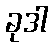
ခုဒါ